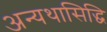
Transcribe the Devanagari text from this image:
अन्यथासिद्धि